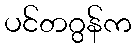
ပင်တဂွန်က